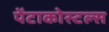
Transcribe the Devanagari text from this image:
पेंटाकोस्टल्स